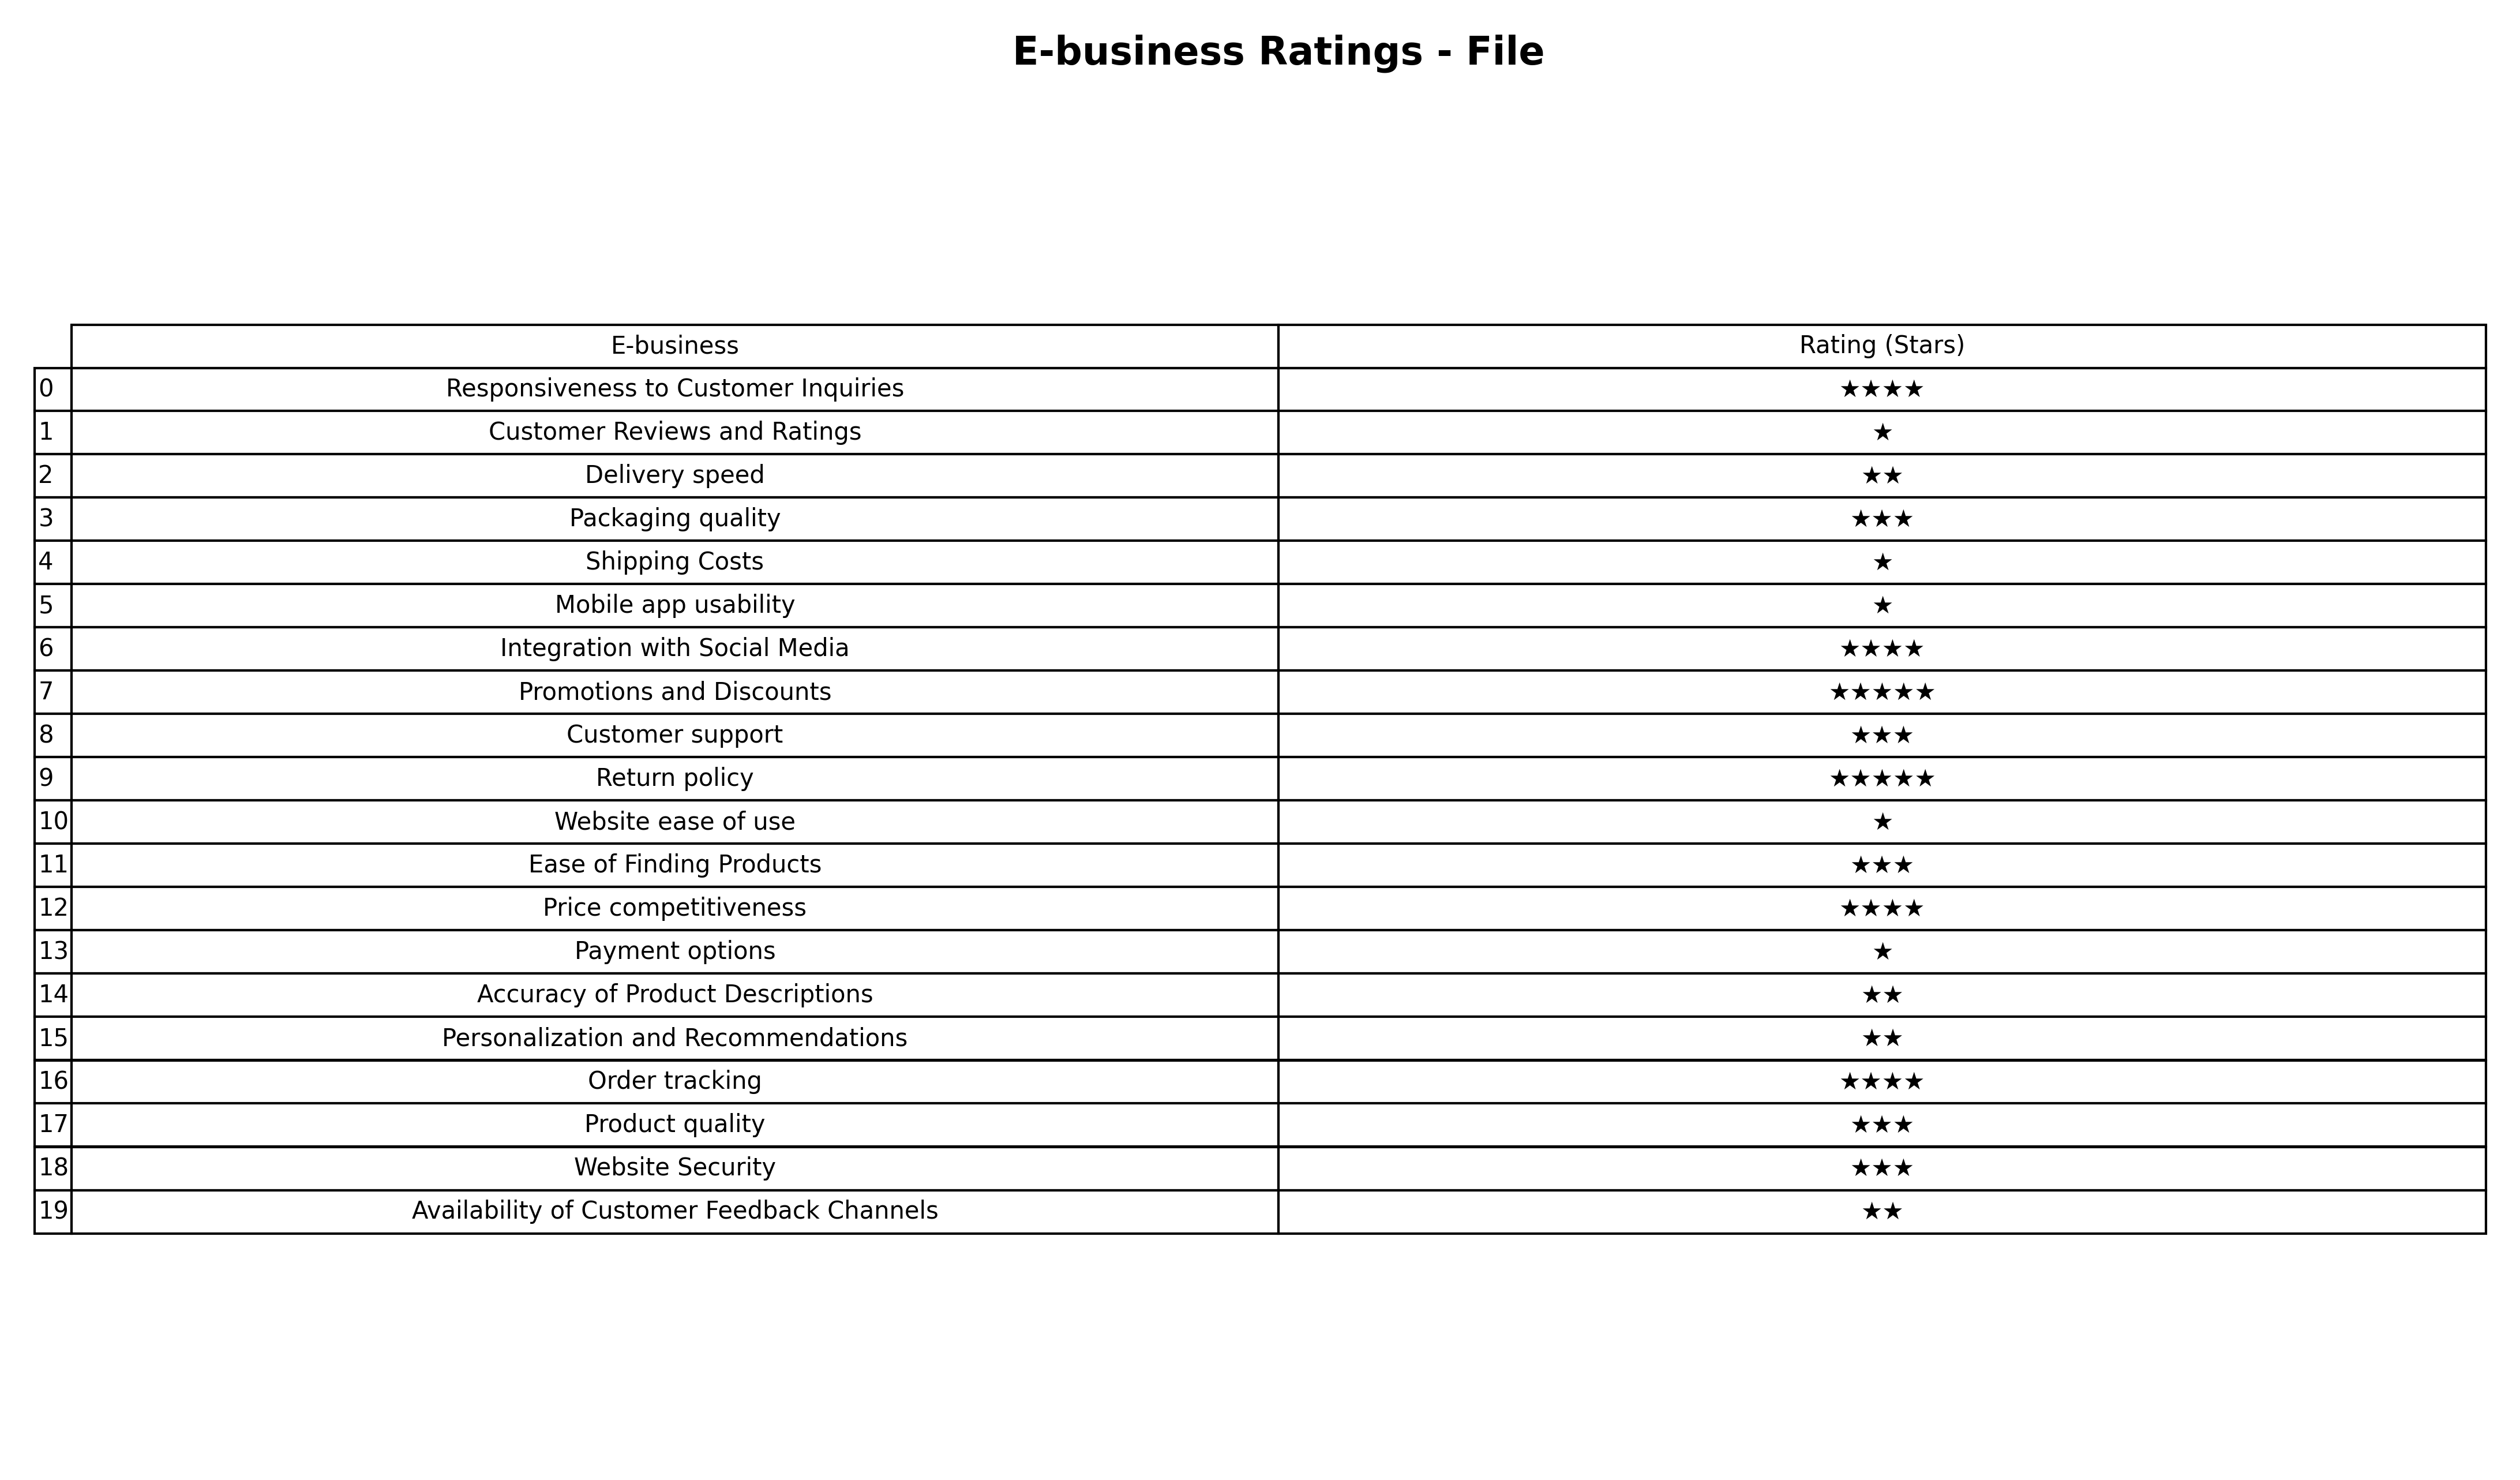
question: What are five star services?
answer: Promotions and DiscountsReturn policy